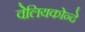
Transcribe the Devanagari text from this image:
वेलियकोन्दे